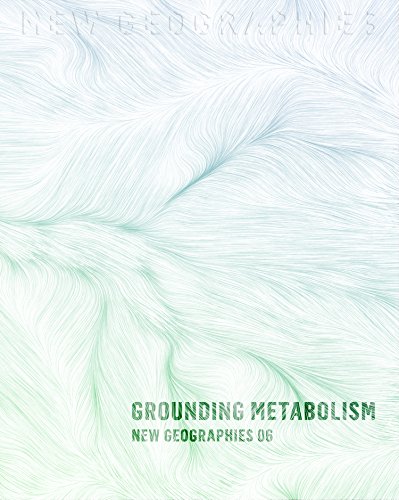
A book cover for New Geographies, 6: Grounding Metabolism; Arts & Photography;